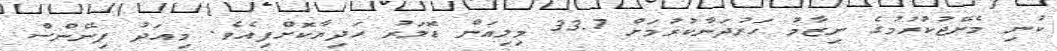
ކުނި މެނޭޖުކުރުމުގެ ނިޒާމު ހަރުދަނާކުރުމަށް 33.7 މިލިއަން ޑޮލަރު ހަދިޔާކޮށްފިއެވެ. މިއަދު ފިނޭންސް